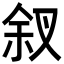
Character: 𪝃